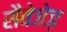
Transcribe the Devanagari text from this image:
सैवेजेज़